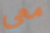
معي